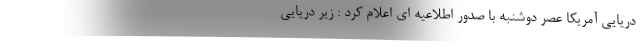
دریایی آمریکا عصر دوشنبه با صدور اطلاعیه ای اعلام کرد : زیر دریایی